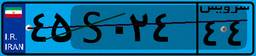
۴۵S۰۲۴۴۴